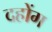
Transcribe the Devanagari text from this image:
दहोंग